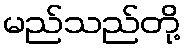
မည်သည်တို့